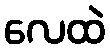
လေထဲ